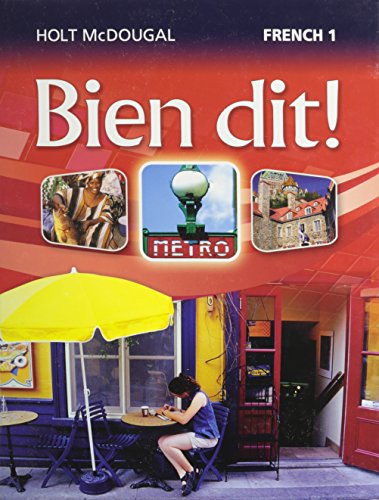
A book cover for Bien dit!: Student Edition Level 1 2013 (French Edition); HOLT MCDOUGAL; Teen & Young Adult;